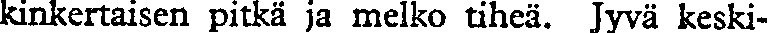
kinkertaisen pitkä ja melko tiheä. Jyvä keski-